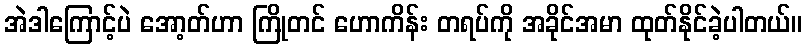
အဲဒါကြောင့်ပဲ အော့တ်ဟာ ကြိုတင် ဟောကိန်း တရပ်ကို အခိုင်အမာ ထုတ်နိုင်ခဲ့ပါတယ်။